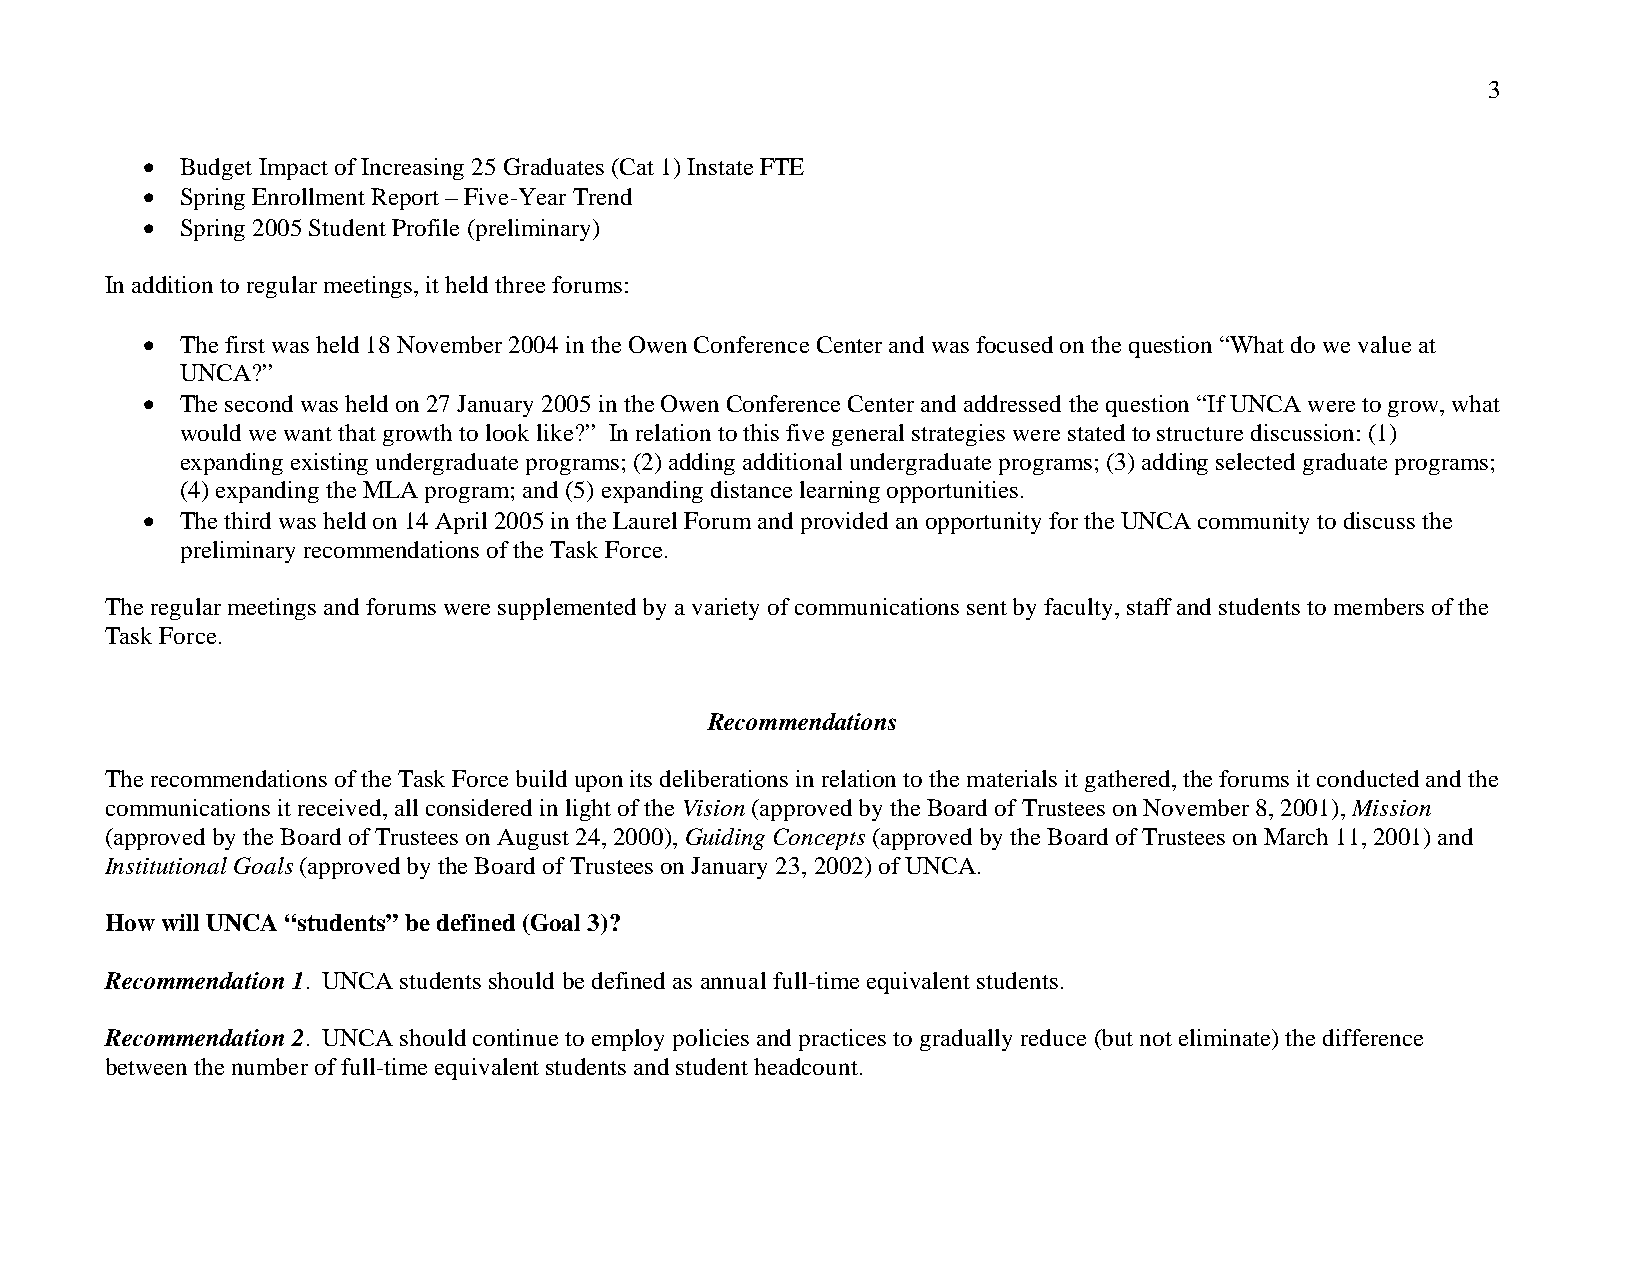
3
 •  Budget Impact of Increasing 25 Graduates (Cat 1) Instate FTE
 •  Spring Enrollment Report – Five-Year Trend
 •  Spring 2005 Student Profile (preliminary)
 In addition to regular meetings, it held three forums:
 •  The first was held 18 November 2004 in the Owen Conference Center and was focused on the question “What do we value at
 UNCA?”
 •  The second was held on 27 January 2005 in the Owen Conference Center and addressed the question “If UNCA were to grow, what
 would we want that growth to look like?” In relation to this five general strategies were stated to structure discussion: (1)
 expanding existing undergraduate programs; (2) adding additional undergraduate programs; (3) adding selected graduate programs;
 (4) expanding the MLA program; and (5) expanding distance learning opportunities.
 •  The third was held on 14 April 2005 in the Laurel Forum and provided an opportunity for the UNCA community to discuss the
 preliminary recommendations of the Task Force.
 The regular meetings and forums were supplemented by a variety of communications sent by faculty, staff and students to members of the
 Task Force.
 Recommendations
 The recommendations of the Task Force build upon its deliberations in relation to the materials it gathered, the forums it conducted and the
 communications it received, all considered in light of the Vision (approved by the Board of Trustees on November 8, 2001), Mission
 (approved by the Board of Trustees on August 24, 2000), Guiding Concepts (approved by the Board of Trustees on March 11, 2001) and
 Institutional Goals (approved by the Board of Trustees on January 23, 2002) of UNCA.
 How will UNCA “students” be defined (Goal 3)?
 Recommendation 1. UNCA students should be defined as annual full-time equivalent students.
 Recommendation 2. UNCA should continue to employ policies and practices to gradually reduce (but not eliminate) the difference
 between the number of full-time equivalent students and student headcount.